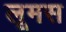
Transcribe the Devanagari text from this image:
लूमस